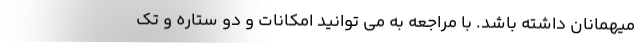
میهمانان داشته باشد. با مراجعه به می توانید امکانات و دو ستاره و تک